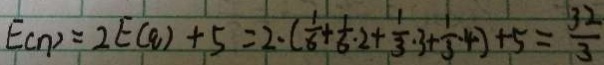
E ( n ) = 2 E ( q ) + 5 = 2 \cdot ( \frac { 1 } { 6 } + \frac { 1 } { 6 } \cdot 2 + \frac { 1 } { 3 } \cdot 3 + \frac { 1 } { 3 } \cdot 4 ) + 5 = \frac { 3 2 } { 3 }